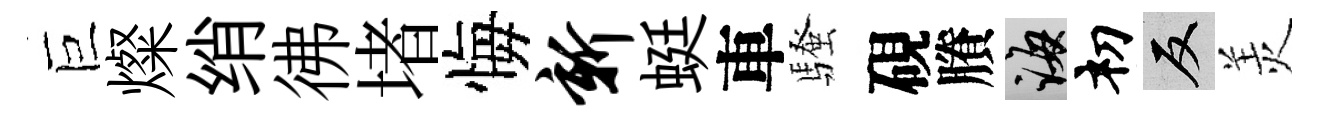
巨燦绡彿堵悔新蜓車騷硯賸誨𥘉反羙